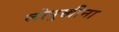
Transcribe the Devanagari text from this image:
लोपुखीना